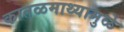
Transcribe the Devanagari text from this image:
कातळमाथ्यामुळे